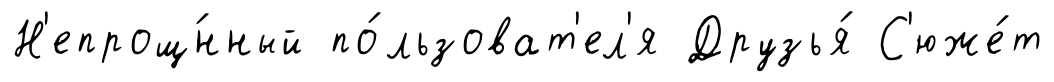
Н'епрощ́нный по́льзоват'ел'я Друзья́ С'юже́т